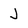
Character: J